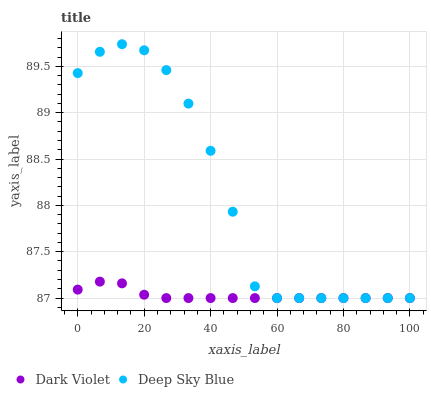
| xaxis_label | Dark Violet | Deep Sky Blue |
 | --- | --- | --- |
 | 0 | 87.1 | 89.4 |
 | 6.67 | 87.2 | 89.7 |
 | 13.3 | 87.2 | 89.7 |
 | 20 | 87 | 89.7 |
 | 26.7 | 87 | 89.5 |
 | 33.3 | 87 | 89.1 |
 | 40 | 87 | 88.6 |
 | 46.7 | 87 | 87.9 |
 | 53.3 | 87 | 87.1 |
 | 60 | 87 | 87 |
 | 66.7 | 87 | 87 |
 | 73.3 | 87 | 87 |
 | 80 | 87 | 87 |
 | 86.7 | 87 | 87 |
 | 93.3 | 87 | 87 |
 | 100 | 87 | 87 |